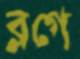
ব্লগে